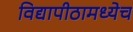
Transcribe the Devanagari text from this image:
विद्यापीठामध्येच